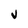
Character: j